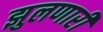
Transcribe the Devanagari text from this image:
झुलणारी